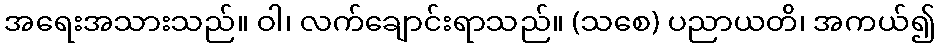
အရေးအသားသည်။ ဝါ၊ လက်ချောင်းရာသည်။ (သစေ) ပညာယတိ၊ အကယ်၍